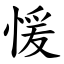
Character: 愋